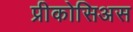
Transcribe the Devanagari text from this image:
प्रीकोसिअस